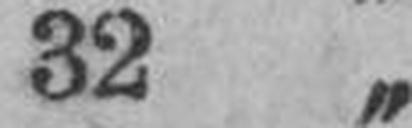
32 „